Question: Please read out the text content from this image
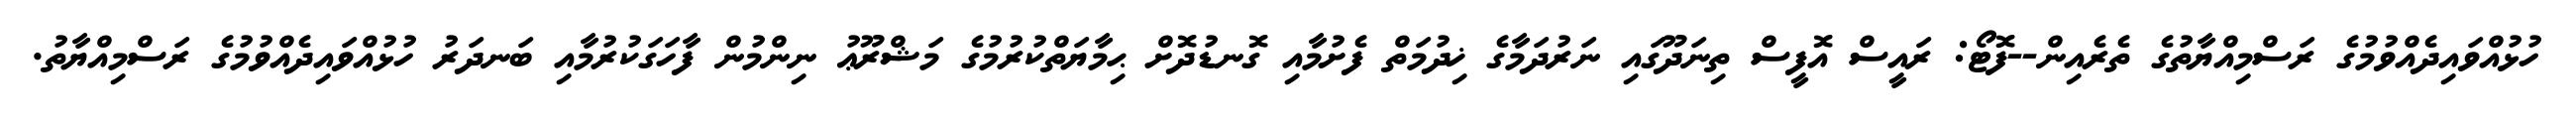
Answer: ހުޅުއްވައިދެއްވުމުގެ ރަސްމިއްޔާތުގެ ތެރެއިން--ފޮޓޯ: ރައީސް އޮފީސް ތިނަދޫގައި ނަރުދަމާގެ ޚިދުމަތް ފެށުމާއި ގޮނޑުދޮށް ޙިމާޔަތްކުރުމުގެ މަޝްރޫޢު ނިންމުން ފާހަގަކުރުމާއި ބަނދަރު ހުޅުއްވައިދެއްވުމުގެ ރަސްމިއްޔާތު.